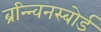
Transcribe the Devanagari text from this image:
ब्रन्न्विनस्बोर्ड